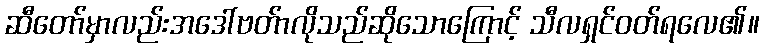
ဆီတော်မှာလည်းအဒေါ်ဗတ်ာလိုသည်ဆိုသောကြောင့် သီလရှင်ဝတ်ရလေ၏။